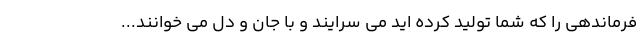
فرماندهی را که شما تولید کرده اید می سرایند و با جان و دل می خوانند...